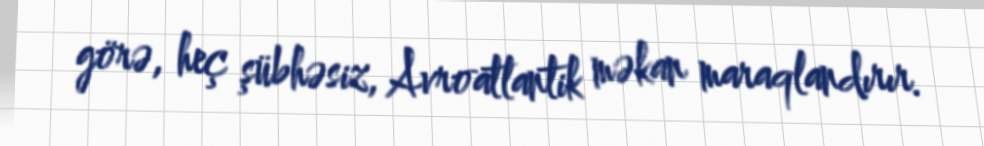
görə, heç şübhəsiz, Avroatlantik məkan maraqlandırır.